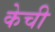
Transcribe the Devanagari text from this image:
केची